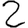
Digit: 2